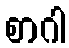
စာဂါ